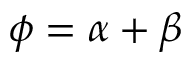
\phi = \alpha + \beta